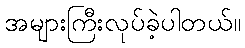
အများကြီးလုပ်ခဲ့ပါတယ်။